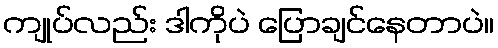
ကျုပ်လည်း ဒါကိုပဲ ပြောချင်နေတာပဲ။